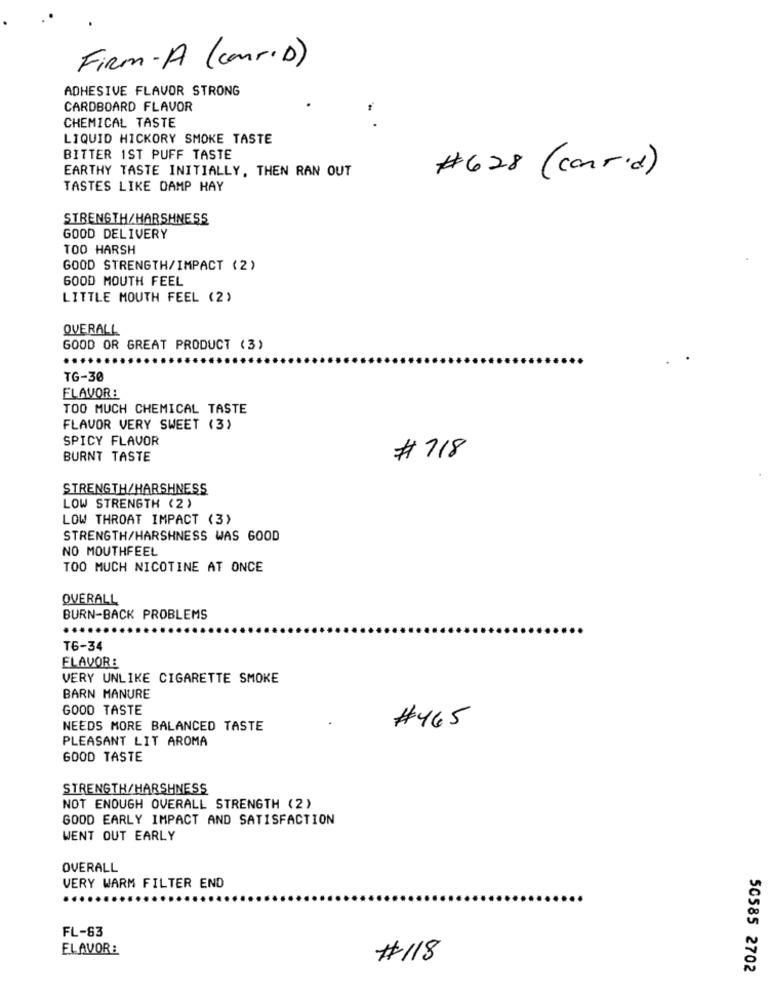
Firm-A (conr. D)
ADHESIVE FLAVOR STRONG
CARDBOARD FLAVOR
CHEMICAL TASTE
LIQUID HICKORY SMOKE TASTE
BITTER 1ST PUFF TASTE
EARTHY TASTE INITIALLY, THEN RAN OUT
#628 (carrid)
TASTES LIKE DAMP HAY
STRENGTH/HARSHNESS
GOOD DELIVERY
TOO HARSH
GOOD STRENGTH/IMPACT (2)
GOOD MOUTH FEEL
LITTLE MOUTH FEEL (2)
OVERALL
GOOD OR GREAT PRODUCT (3)
TG-30
FLAVOR:
TOO MUCH CHEMICAL TASTE
FLAVOR VERY SWEET (3)
SPICY FLAVOR
BURNT TASTE
# 718
STRENGTH/HARSHNESS
LOW STRENGTH (2)
LOW THROAT IMPACT (3)
STRENGTH/HARSHNESS WAS GOOD
NO MOUTHFEEL
TOO MUCH NICOTINE AT ONCE
OVERALL
BURN-BACK PROBLEMS
...
T6-34
FLAVOR :
VERY UNLIKE CIGARETTE SMOKE
BARN MANURE
GOOD TASTE
NEEDS MORE BALANCED TASTE
#465
PLEASANT LIT AROMA
GOOD TASTE
STRENGTH/HARSHNESS
NOT ENOUGH OVERALL STRENGTH (2)
GOOD EARLY IMPACT AND SATISFACTION
WENT OUT EARLY
OVERALL
VERY WARM FILTER END
FL-63
ELAVOR :
#118
50585 2702